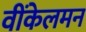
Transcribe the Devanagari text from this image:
वींकेलमन